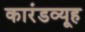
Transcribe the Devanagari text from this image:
कारंडव्यूह